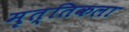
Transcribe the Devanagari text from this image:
मृत्तिकला